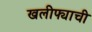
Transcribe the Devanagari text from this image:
खलीफ्याची